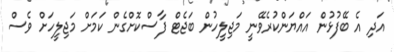
އަދި އެ ބޭފުޅުން އައްޔަންކުރެވޭނީ މަޖިލީހުން ބަޖެޓް ފާސްކޮށްގެން ކަމަށް މަޖިލީހަށް ވެސް